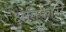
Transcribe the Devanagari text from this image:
क्षतिकारी